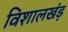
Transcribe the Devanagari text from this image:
विशालखंड़